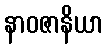
နာဝဇာနိယာ